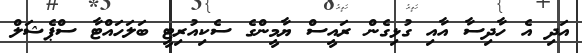
އަދި އެ ހާދިސާ އާއި ގުޅިގެން ރައީސް ޔާމީންގެ ސެކިއުރިޓީ ބަލަހައްޓާ ސްޕެޝަލް